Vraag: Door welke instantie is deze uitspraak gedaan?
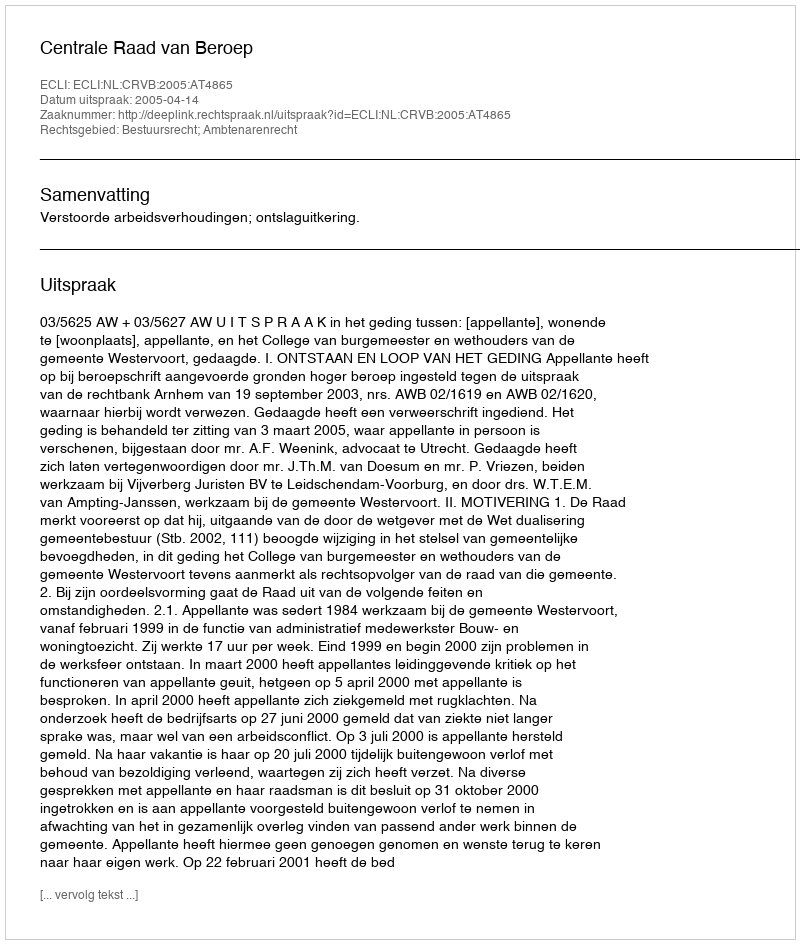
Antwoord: Centrale Raad van Beroep